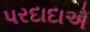
પરદાદાએ